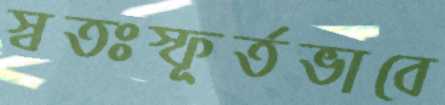
স্বতঃস্ফূর্তভাবে